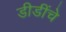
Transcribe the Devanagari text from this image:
डीडींचे